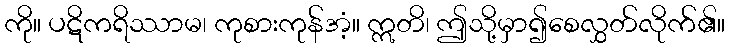
ကို။ ပဋိကရိဿာမ၊ ကုစားကုန်အံ့။ ဣတိ၊ ဤသို့မှာ၍စေလွှတ်လိုက်၏။